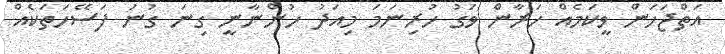
އަތްޖަހަން ވީކަމެއް ހަރާން ވަގު ހުރިނަމަ މިއަދު ހުންނާނީ ގިނަ ގުނަ ފަސޭހަތަކެއް